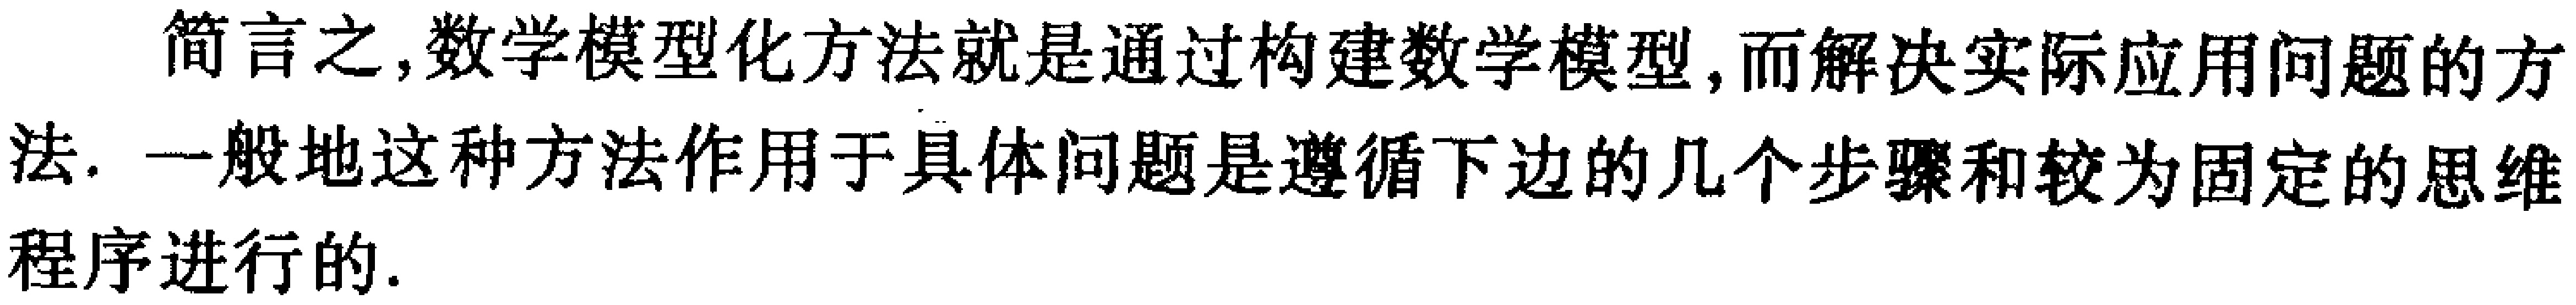
简言之,数学模型化方法就是通过构建数学模型, 而解决实际应用问题的方法. 一般地这种方法作用于具体问题是遵循下边的几个步骤和较为固定的思维程序进行的.